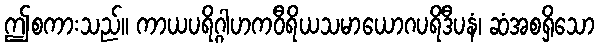
ဤစကားသည်။ ကာယပရိဂ္ဂါဟကဝီရိယသမာယောဂပရိဒီပနံ၊ ဆံအစရှိသော